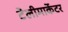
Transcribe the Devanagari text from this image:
टेलीमार्केटर